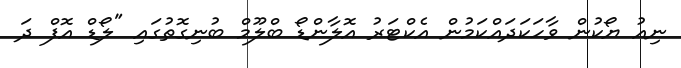
ނިއު ޔޯކުން ވާހަކަދައްކަމުން އެކްޓަރު އޮލާންޑޯ ބްލޫމް ބުނިގޮތުގައި "ލޯޑް އޮފް ދަ